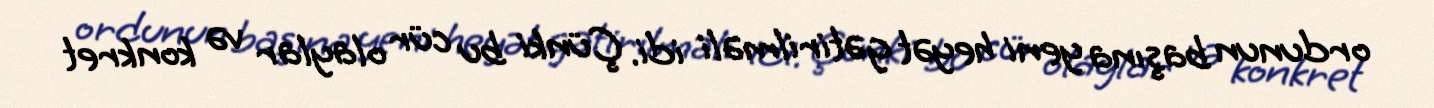
ordunun başına yeni heyət gətirilməli idi. Çünki bu cür olaylar və konkret